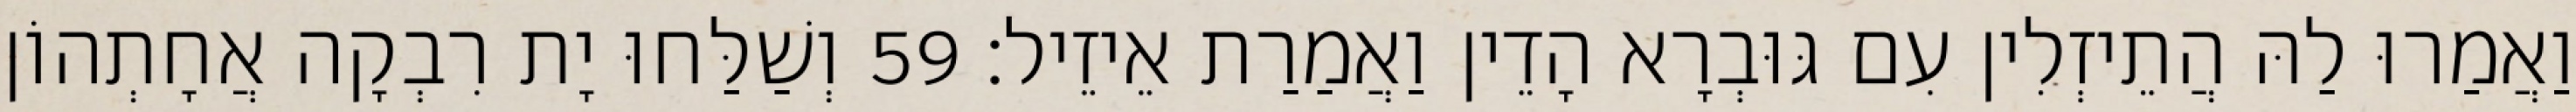
וַאֲמַרוּ לַהּ הֲתֵיזְלִין עִם גּוּבְרָא הָדֵין וַאֲמַרַת אֵיזֵיל׃ 59 וְשַׁלַּחוּ יָת רִבְקָה אֲחָתְהוֹן